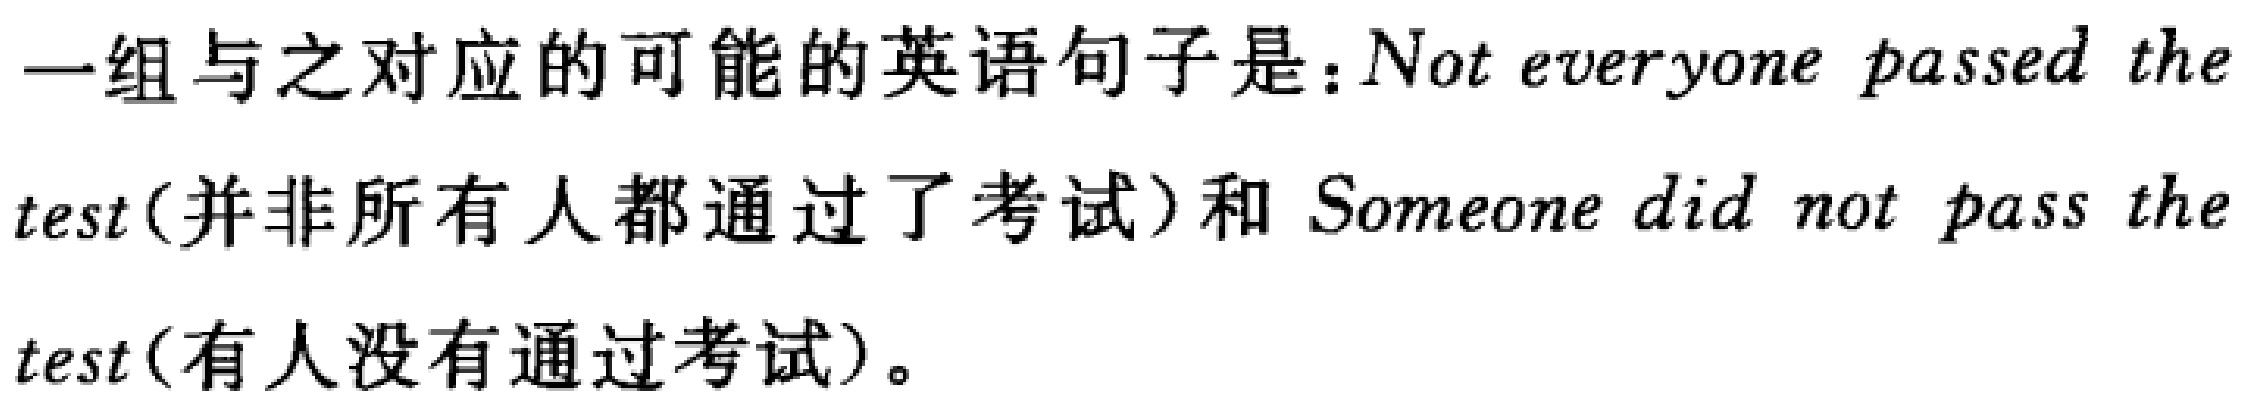
一组与之对应的可能的英语句子是：Not everyone passed the test(并非所有人都通过了考试)和 Someone did not pass the test(有人没有通过考试)。